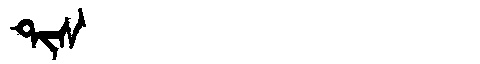
Manchu: ᡨᡳᠰ
Romanization: TIS